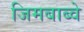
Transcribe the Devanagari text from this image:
जिमबाब्वे